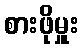
စားဖိုမှူး